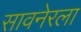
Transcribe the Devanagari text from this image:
सावनेरला